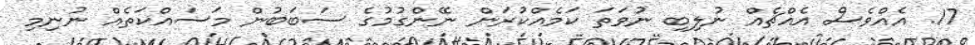
17. އެއްވެސް އެއްޗެއް ނުލިބި ނުވަތަ ކަމެއްކުރަން ނޭންގުމުގެ ސަބަބުން މަސައްކަތެއް ނުނިމި